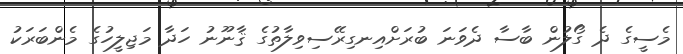
މެސީގެ ދެ ގޯލުން ބާސާ ދެވަނަ ބުރަށްއިނގިރޭސިވިލާތުގެ ޤާނޫނު ހަދާ މަޖިލީހުގެ މެންބަރަކު